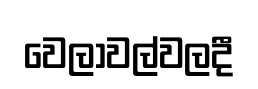
වෙලාවල්වලදී